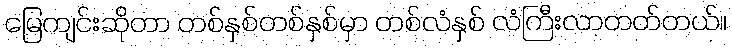
မြေကျင်းဆိုတာ တစ်နှစ်တစ်နှစ်မှာ တစ်လံနှစ် လံကြီးလာတတ်တယ်။